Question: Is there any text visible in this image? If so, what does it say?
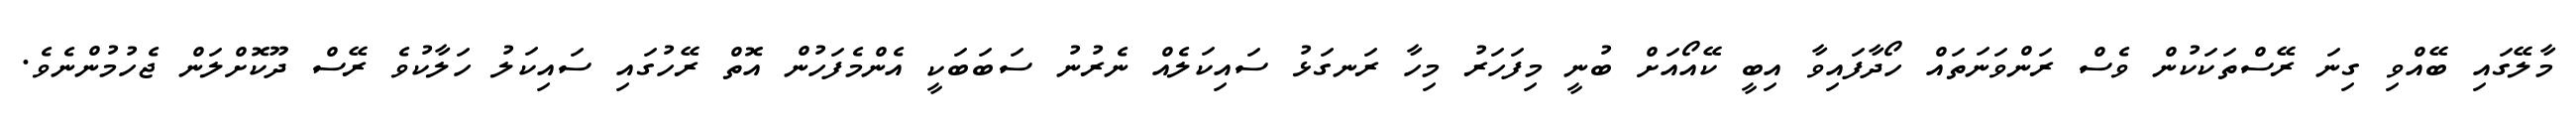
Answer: މާލޭގައި ބޭއްވި ގިނަ ރޭސްތަކަކުން ވެސް ރަންވަނަތައް ހޯދާފައިވާ އިބީ ކޭއޯއަށް ބުނީ މިފަހަރު މިހާ ރަނގަޅު ސައިކަލެއް ނެރުނު ސަބަބަކީ އެންމެފަހުން އޮތް ރޭހުގައި ސައިކަލު ހަލާކުވެ ރޭސް ދޫކޮށްލަން ޖެހުމުންނެވެ.